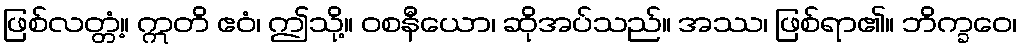
ဖြစ်လတ္တံ့။ ဣတိ ဧဝံ၊ ဤသို့။ ဝစနီယော၊ ဆိုအပ်သည်။ အဿ၊ ဖြစ်ရာ၏။ ဘိက္ခဝေ၊